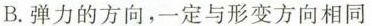
B.弹力的方向，一定与形变方向相同